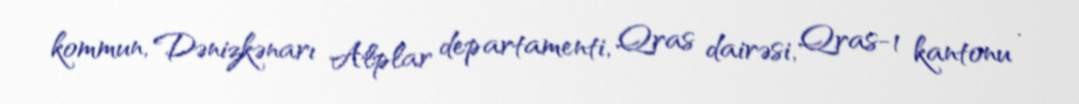
kommun, Dənizkənarı Alplar departamenti, Qras dairəsi, Qras-1 kantonu .